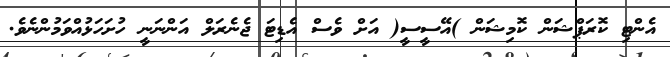
އެންޓި ކޮރަޕްޝަން ކޮމިޝަން )އޭސީސީ( އަށް ވެސް އެޑިޓަ ޖެނެރަލް އަންނަނީ ހުށަހަޅުއްވަމުންނެވެ.